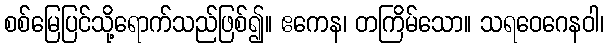
စစ်မြေပြင်သို့ရောက်သည်ဖြစ်၍။ ဧကေန၊ တကြိမ်သော။ သရဝေဂေနဝါ၊